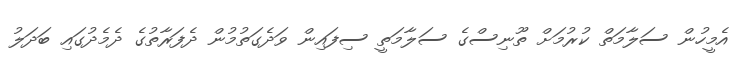
އެމީހުން ސަލާމަތް ކުރުމަށް ތޫނިސްގެ ސަލާމަތީ ސިފައިން ވަދެގަތުމުން ދެފަރާތުގެ ދެމެދުގައި ބަދަލު